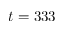
t = 3 3 3